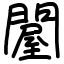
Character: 𨵱